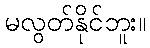
မလွတ်နိုင်ဘူး။